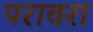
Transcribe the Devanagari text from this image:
परावरा